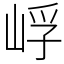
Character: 㟊